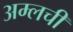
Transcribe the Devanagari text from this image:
अम्लची